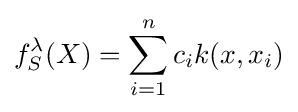
f_{S}^{\lambda }(X)=\sum _{i=1}^{n}c_{i}k(x,x_{i})